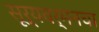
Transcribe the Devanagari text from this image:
सूर्यवर्मनचा